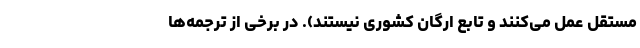
مستقل عمل می‌کنند و تابع ارگان کشوری نیستند). در برخی از ترجمه‌ها